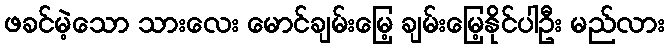
ဖခင်မဲ့သော သားလေး မောင်ချမ်းမြေ့ ချမ်းမြေ့နိုင်ပါဦး မည်လား